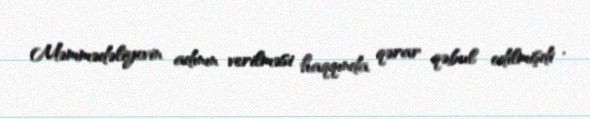
Məmmədəliyevin adının verilməsi haqqında qərar qəbul edilmişdi .